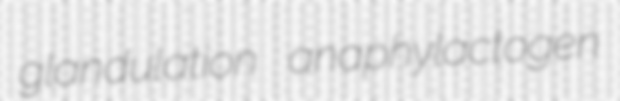
glandulation anaphylactogen